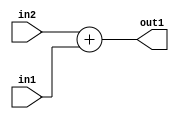
`timescale 1ps / 1ps
/*****************************************************************************
    Verilog RTL Description
    
    
    Created by: Stratus DpOpt 21.05.01 
*******************************************************************************/

module SobelFilter_Add_5Ux3U_6S_4 (
	in2,
	in1,
	out1
	); /* architecture "behavioural" */ 
input [4:0] in2;
input [2:0] in1;
output [5:0] out1;
wire [5:0] asc001;

assign asc001 = 
	+(in2)
	+(in1);

assign out1 = asc001;
endmodule

/* CADENCE  ubD2SQo= : u9/ySxbfrwZIxEzHVQQV8Q== ** DO NOT EDIT THIS LINE ******/